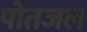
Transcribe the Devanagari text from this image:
पोतजल